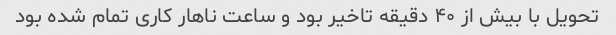
تحویل با بیش از ۴۰ دقیقه تاخیر بود و ساعت ناهار کاری تمام شده بود